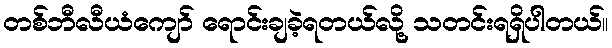
တစ်ဘီလီယံကျော် ရောင်းချခဲ့ရတယ်လို့ သတင်းရရှိပါတယ်။